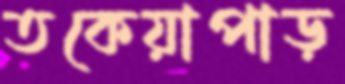
তকেয়াপাড়